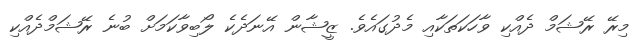
މިރޭ ރޭޝަމް ދެއްކި ވާހަކަތަކާއި މެދުގައެވެ. ޒީޝާން އޭނަދެކެ ލޯބިވާކަމަށް ބުނެ ރޭޝަމްދެއްކި